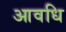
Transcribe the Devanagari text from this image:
आवधि